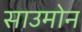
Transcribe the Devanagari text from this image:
साउमोन